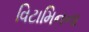
વિટામિનના